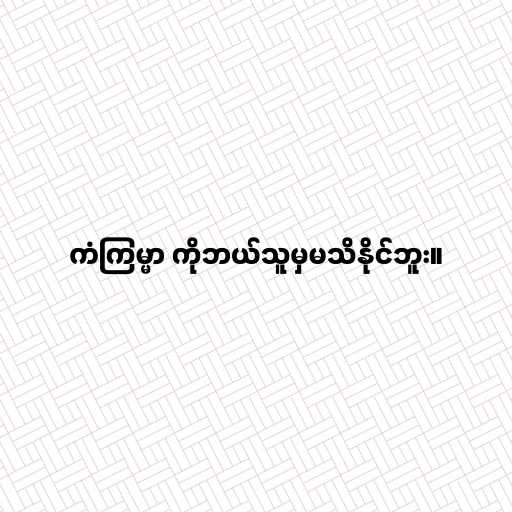
ကံကြမ္မာ ကိုဘယ်သူမှမသိနိုင်ဘူး။